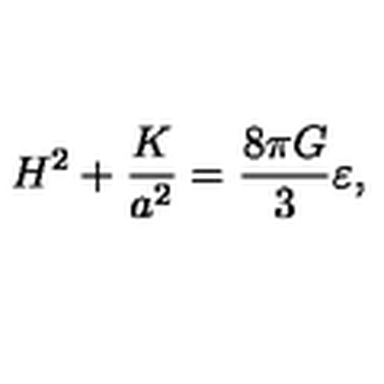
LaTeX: H ^ { 2 } + \frac { K } { a ^ { 2 } } = \frac { 8 \pi G } { 3 } \varepsilon ,